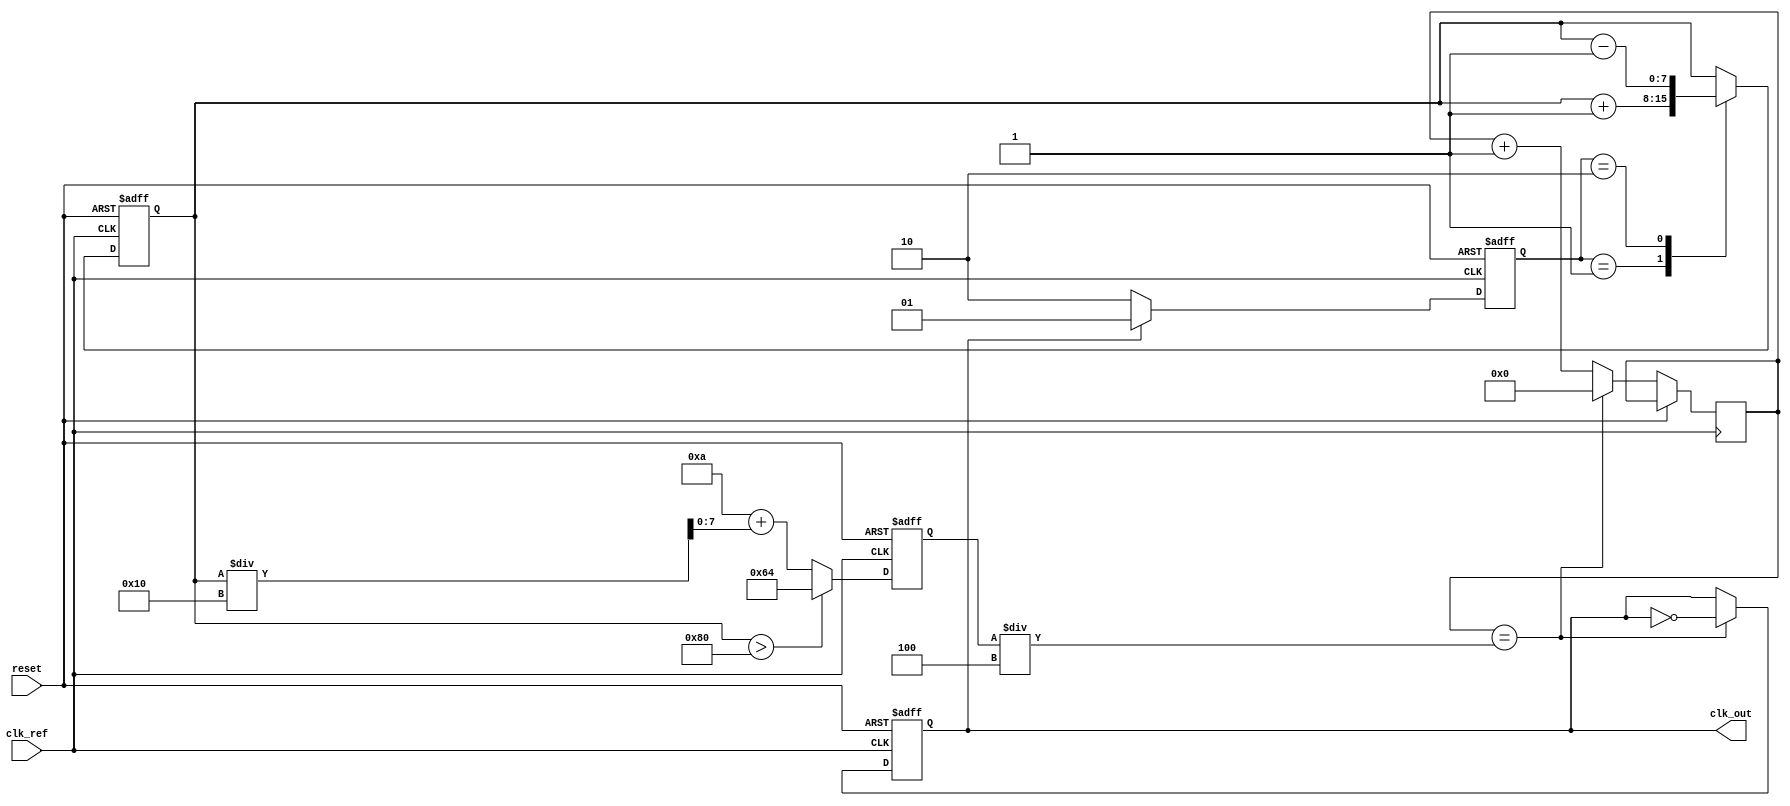
module low_jitter_pll (
    input wire clk_ref,        // Reference clock input
    input wire reset,          // Asynchronous reset
    output reg clk_out         // Output clock signal
);

    // Parameters
    parameter N = 4;           // Division factor
    parameter VCO_MAX_FREQ = 100; // Max frequency of VCO
    parameter VCO_MIN_FREQ = 10;  // Min frequency of VCO

    // Internal signals
    reg [1:0] phase_error;    // Phase error signal
    reg [7:0] control_voltage; // Control voltage for VCO
    reg [7:0] vco_output;      // VCO output frequency control
    reg [3:0] divider_count;   // Divider counter

    // Phase Detector (PD)
    always @(posedge clk_ref or posedge reset) begin
        if (reset) begin
            phase_error <= 2'b00;
        end else begin
            // Simple phase detector logic (for illustration)
            // Compare reference clock with VCO output (assume VCO output is sampled)
            if (clk_ref) begin
                // Generate phase error
                // This should be more complex in real applications
                if (clk_out) begin
                    phase_error <= 2'b01; // VCO is ahead
                end else begin
                    phase_error <= 2'b10; // VCO is behind
                end
            end
        end
    end

    // Loop Filter (LF)
    always @(posedge clk_ref or posedge reset) begin
        if (reset) begin
            control_voltage <= 8'b00000000;
        end else begin
            // Simple integrative filter logic
            case (phase_error)
                2'b01: control_voltage <= control_voltage + 1; // Increase
                2'b10: control_voltage <= control_voltage - 1; // Decrease
                default: control_voltage <= control_voltage; // No change
            endcase
        end
    end

    // Voltage-Controlled Oscillator (VCO)
    always @(posedge clk_ref or posedge reset) begin
        if (reset) begin
            vco_output <= VCO_MIN_FREQ;
            clk_out <= 0;
        end else begin
            // Adjust VCO output based on control voltage
            if (control_voltage > 128)
                vco_output <= VCO_MAX_FREQ; // For demo, max freq
            else
                vco_output <= VCO_MIN_FREQ + (control_voltage / 16); // Example scaling
            
            // Generate output clock based on VCO output (simplified)
            if (divider_count == (vco_output / N)) begin
                clk_out <= ~clk_out; // Toggle output clock
                divider_count <= 0; // Reset count
            end else begin
                divider_count <= divider_count + 1; // Increment count
            end
        end
    end

endmodule